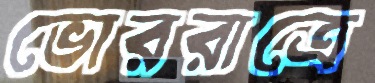
ভোররাত্রে